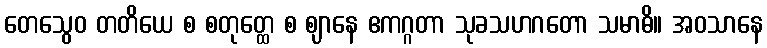
တေသွေဝ တတိယေ စ စတုတ္ထေ စ ဈာနေ ဧကဂ္ဂတာ သုခသဟဂတော သမာဓိ။ အဝသာနေ